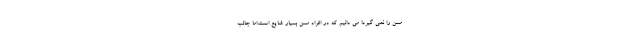
مسن را نمی گیرد! می دانیم که در افراد مسن بسیار شایع است.اما جالب